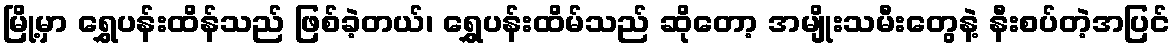
မြို့မှာ ရွှေပန်းထိန်သည် ဖြစ်ခဲ့တယ်၊ ရွှေပန်းထိမ်သည် ဆိုတော့ အမျိုးသမီးတွေနဲ့ နီးစပ်တဲ့အပြင်